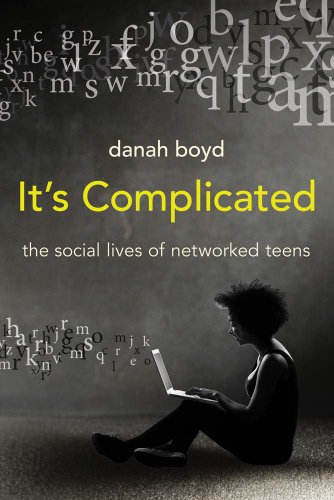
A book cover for It's Complicated: The Social Lives of Networked Teens; danah boyd; Humor & Entertainment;